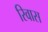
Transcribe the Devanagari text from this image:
रिवास